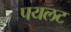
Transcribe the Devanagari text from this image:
पयलट